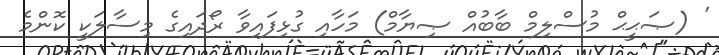
' (ޞަޙީޙް މުސްލިމް ބާބުއް ޞިޔާމް) މަހާއި ގުޅިފައިވާ ރޯދައިގެ މިސާލަކީ ކޮންމެ